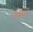
દડવી